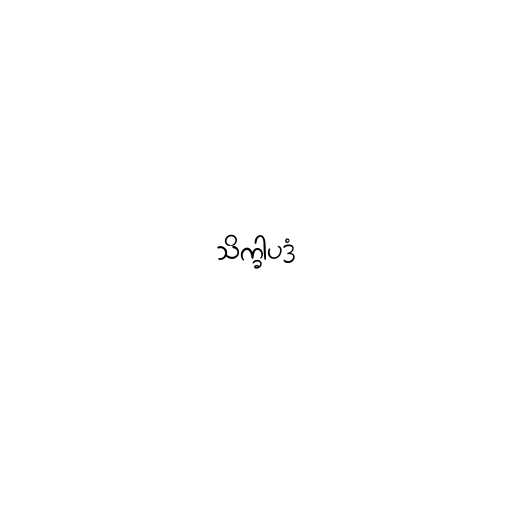
သိက္ခါပဒံ